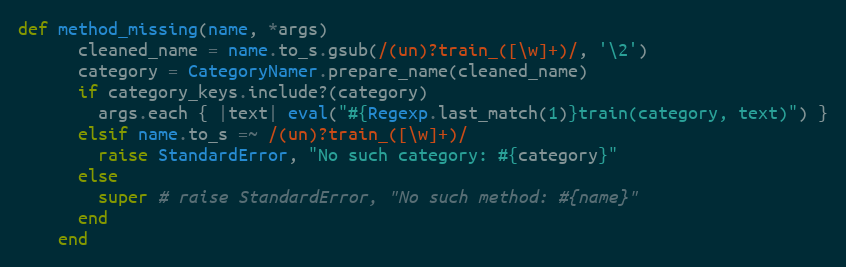
Language: Ruby
def method_missing(name, *args)
      cleaned_name = name.to_s.gsub(/(un)?train_([\w]+)/, '\2')
      category = CategoryNamer.prepare_name(cleaned_name)
      if category_keys.include?(category)
        args.each { |text| eval("#{Regexp.last_match(1)}train(category, text)") }
      elsif name.to_s =~ /(un)?train_([\w]+)/
        raise StandardError, "No such category: #{category}"
      else
        super # raise StandardError, "No such method: #{name}"
      end
    end